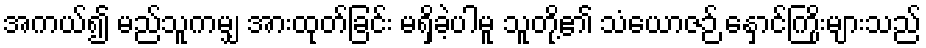
အကယ်၍ မည်သူကမျှ အားထုတ်ခြင်း မရှိခဲ့ပါမူ သူတို့၏ သံယောဇဉ် နှောင်ကြိုးများသည်